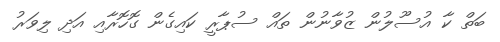
ބަތް ކާ އުސޫލުން ޒުވާނުން ތައް ސުޕާރީ ކައިގެން ގޮހޮރާއި އަދި ލިވަރު